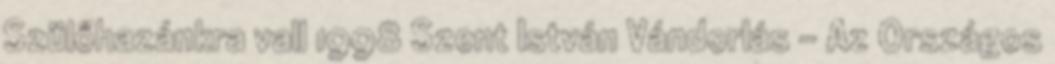
Szülőhazánkra vall 1998 Szent István Vándorlás – Az Országos